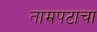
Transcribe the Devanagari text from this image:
ताम्रपटाचा